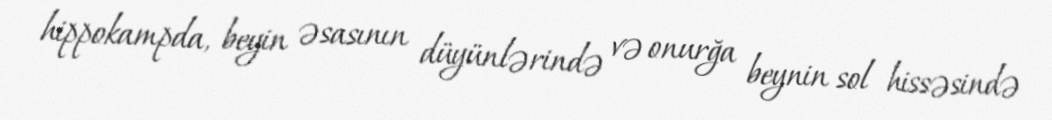
hippokampda, beyin əsasının düyünlərində və onurğa beynin sol hissəsində